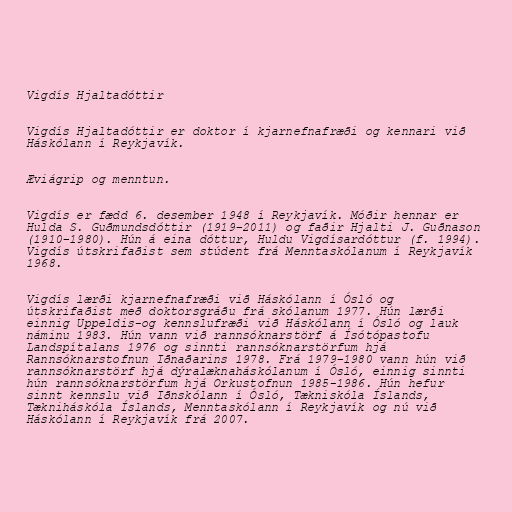
Vigdís Hjaltadóttir

Vigdís Hjaltadóttir er doktor í kjarnefnafræði og kennari við
Háskólann í Reykjavík.

Æviágrip og menntun.

Vigdís er fædd 6. desember 1948 í Reykjavík. Móðir hennar er
Hulda S. Guðmundsdóttir (1919–2011) og faðir Hjalti J. Guðnason
(1910–1980). Hún á eina dóttur, Huldu Vigdísardóttur (f. 1994).
Vigdís útskrifaðist sem stúdent frá Menntaskólanum í Reykjavík
1968.

Vigdís lærði kjarnefnafræði við Háskólann í Ósló og
útskrifaðist með doktorsgráðu frá skólanum 1977. Hún lærði
einnig Uppeldis-og kennslufræði við Háskólann í Ósló og lauk
náminu 1983. Hún vann við rannsóknarstörf á Ísótópastofu
Landspítalans 1976 og sinnti rannsóknarstörfum hjá
Rannsóknarstofnun Iðnaðarins 1978. Frá 1979–1980 vann hún við
rannsóknarstörf hjá dýralæknaháskólanum í Ósló, einnig sinnti
hún rannsóknarstörfum hjá Orkustofnun 1985-1986. Hún hefur
sinnt kennslu við Iðnskólann í Ósló, Tækniskóla Íslands,
Tækniháskóla Íslands, Menntaskólann í Reykjavík og nú við
Háskólann í Reykjavík frá 2007.